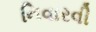
નિવારવી